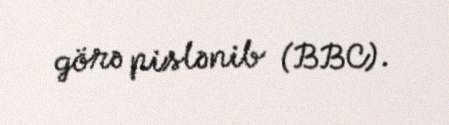
görə pislənib (BBC).